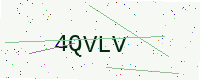
Text: 4QVLV